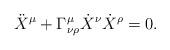
LaTeX: \begin{align*}\ddot{X}^{\mu} + \Gamma^{\mu}_{\nu\rho} \dot{X}^{\nu}\dot{X}^{\rho}= 0 .\end{align*}